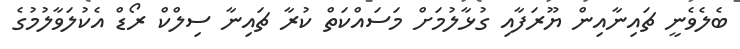
ބެލެވެނީ ޗައިނާއިން ޔޫރަފާއި ގުޅާލުމަށް މަސައްކަތް ކުރާ ޗައިނާ ސިލްކް ރޯޑް އެކުލަވާލުމުގެ